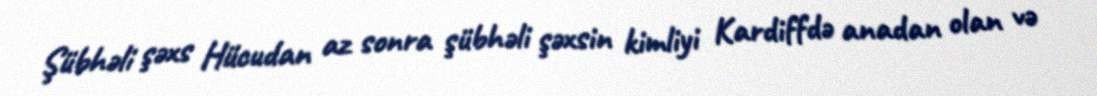
Şübhəli şəxs Hücudan az sonra şübhəli şəxsin kimliyi Kardiffdə anadan olan və